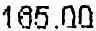
165.00